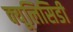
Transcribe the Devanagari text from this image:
क्यूलिसिडी